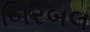
બિરબલ